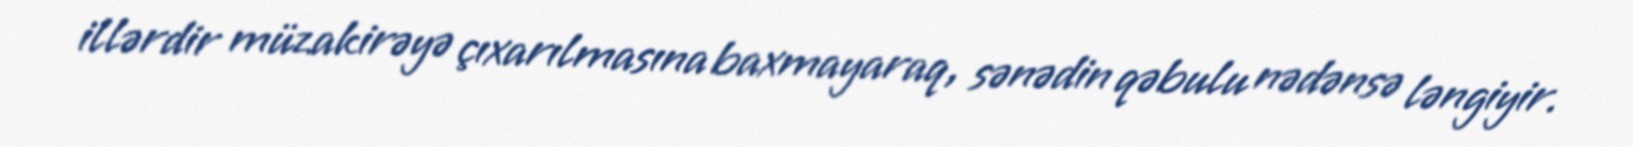
illərdir müzakirəyə çıxarılmasına baxmayaraq, sənədin qəbulu nədənsə ləngiyir.